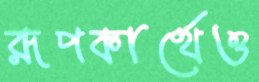
রূপকার্থেও